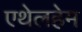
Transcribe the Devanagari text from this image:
एथेलहेम